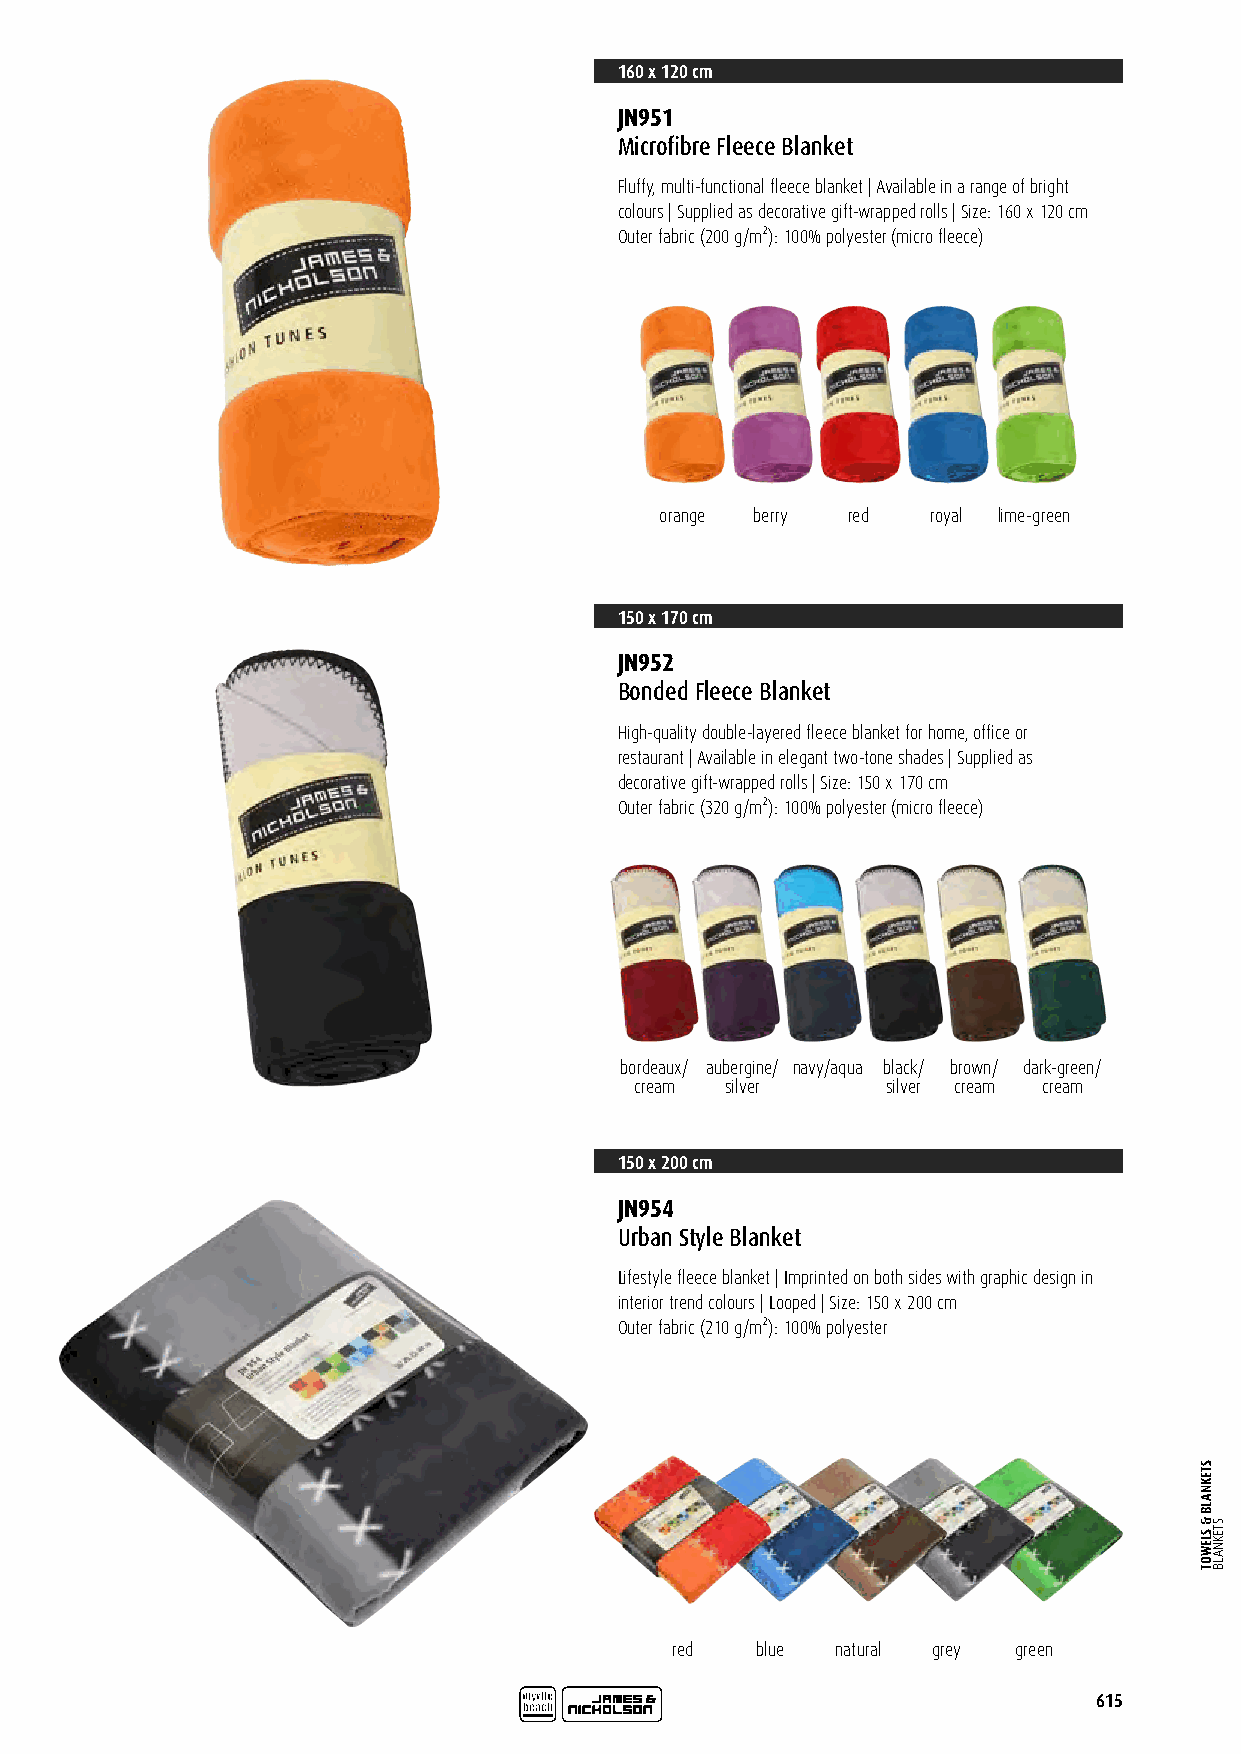
160 x 120 cm
 JN951
 Microfibre Fleece Blanket
 Fluffy, multi-functional fleece blanket | Available in a range of bright
 colours | Supplied as decorative gift-wrapped rolls | Size: 160 x 120 cm
 Outer fabric (200 g/m²): 100% polyester (micro fleece)
 orange berry red  royal lime-green
 150 x 170 cm
 JN952
 Bonded Fleece Blanket
 High-quality double-layered fleece blanket for home, office or
 restaurant | Available in elegant two-tone shades | Supplied as
 decorative gift-wrapped rolls | Size: 150 x 170 cm
 Outer fabric (320 g/m²): 100% polyester (micro fleece)
 bordeaux/ aubergine/ navy/aqua black/ brown/ dark-green/
 cream silver     silver cream cream
 150 x 200 cm
 JN954
 Urban Style Blanket
 Lifestyle fleece blanket | Imprinted on both sides with graphic design in
 interior trend colours | Looped | Size: 150 x 200 cm
 Outer fabric (210 g/m²): 100% polyester
 red   blue natural grey green
 615
 STEKNALB
 &
 SLEWOT
 STEKNALB